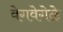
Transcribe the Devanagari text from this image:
वेगवेगेळे